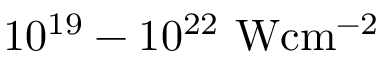
1 0 ^ { 1 9 } - 1 0 ^ { 2 2 } \mathrm { ~ W c m ^ { - 2 } }